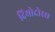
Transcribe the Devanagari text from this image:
दियोदोरस